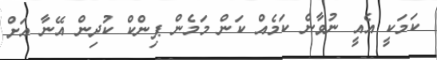
ކަމަކީ އެއީ ނުވާނެ ކަމެއް ކަން މަމެން ޕިންކް ކުދިން އޭނާ އަށް